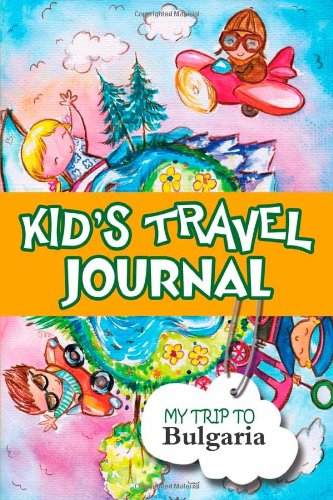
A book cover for Kids travel journal: my trip to bulgaria; Bluebird Books; Travel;